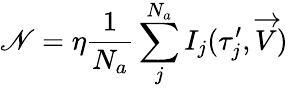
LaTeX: \mathscr{N}=\eta\frac{1}{N_{a}}\sum_{j}^{N_{a}}I_{j}({\tau}_{j}^{\prime},\overrightarrow{V})